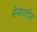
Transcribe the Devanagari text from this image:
सेनापतींत